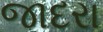
જાદરા